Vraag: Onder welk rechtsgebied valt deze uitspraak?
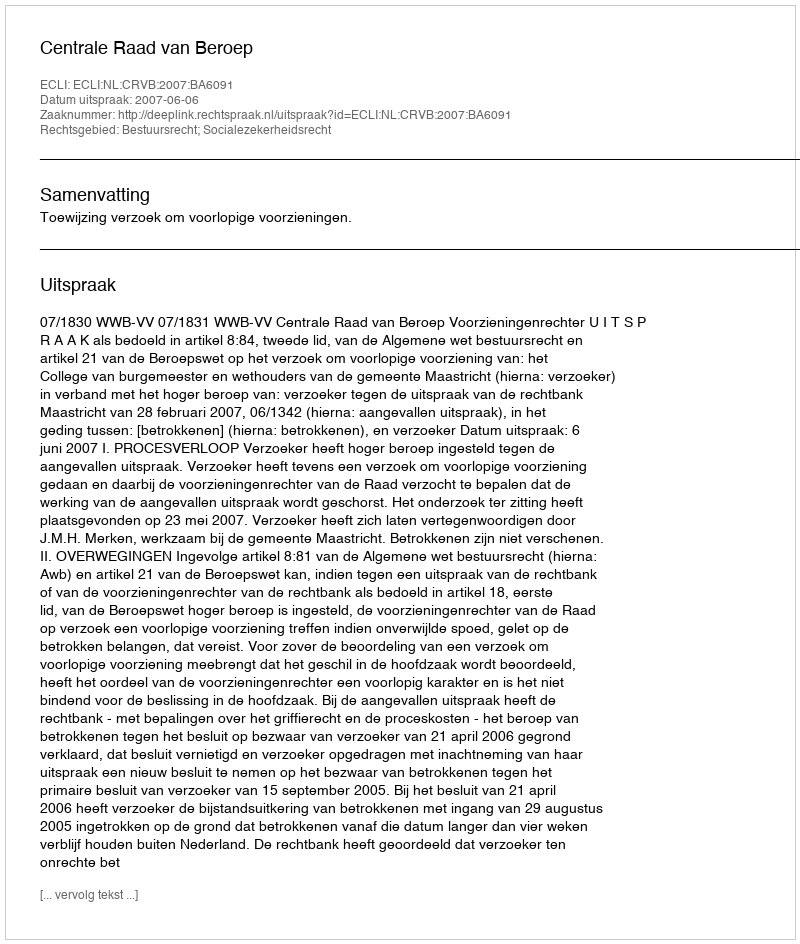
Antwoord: Bestuursrecht; Socialezekerheidsrecht